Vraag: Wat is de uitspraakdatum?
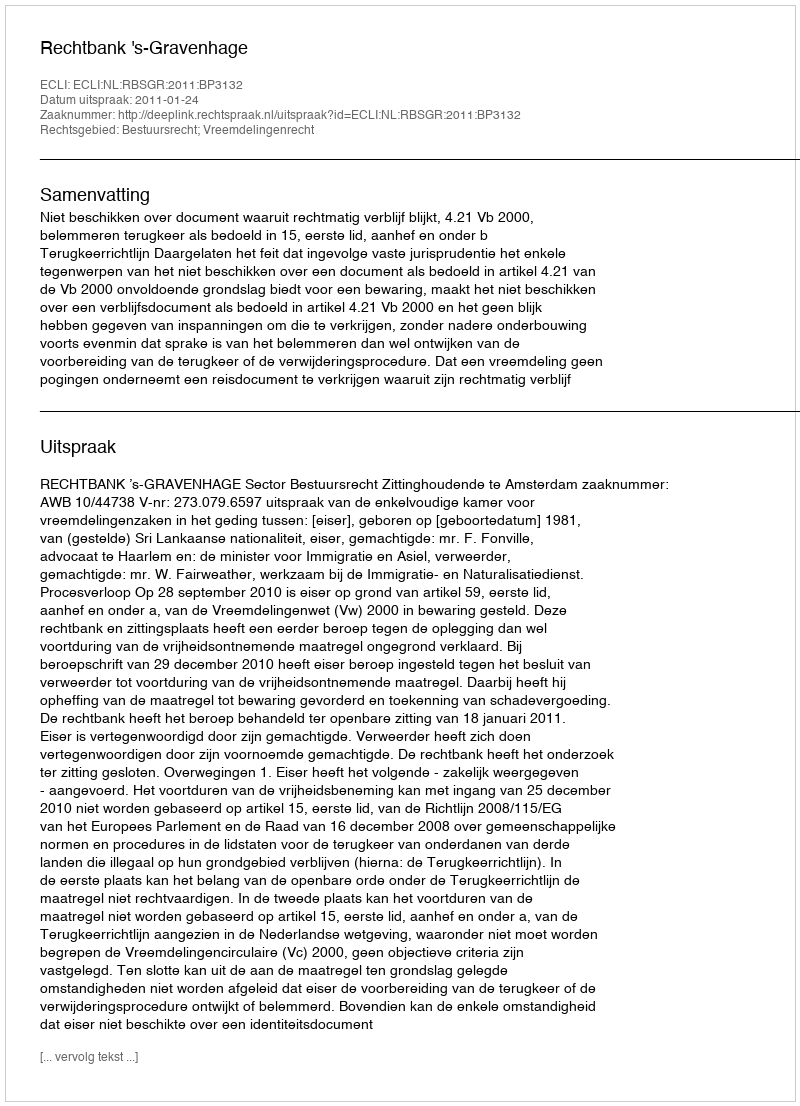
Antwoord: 2011-01-24